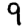
Digit: 9